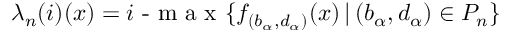
\lambda _ { n } ( i ) ( x ) = i \textrm { - m a x } \{ f _ { ( b _ { \alpha } , d _ { \alpha } ) } ( x ) \, | \, ( b _ { \alpha } , d _ { \alpha } ) \in P _ { n } \}